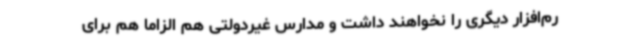
رم‌افزار دیگری را نخواهند داشت و مدارس غیردولتی هم الزاماً هم برای